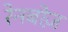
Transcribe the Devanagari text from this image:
रेनबोज़